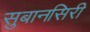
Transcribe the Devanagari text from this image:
सुबानसिरी